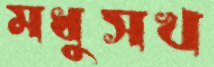
মধুসখ